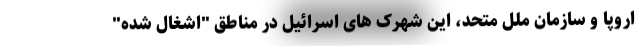
اروپا و سازمان ملل متحد، این شهرک های اسرائیل در مناطق "اشغال شده"